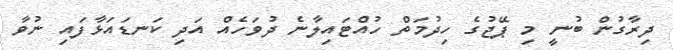
ދިރާގުން ބުނީ މި ޕޭޖުގެ ހިދުމަތް ހުއްޓައިލާނެ ދުވަހެއް އަދި ކަނޑައަޅާފައި ނުވާ